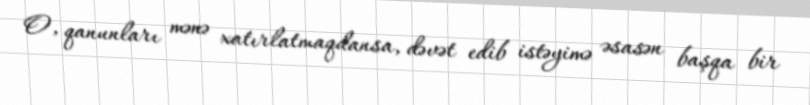
O, qanunları mənə xatırlatmaqdansa, dəvət edib istəyimə əsasən başqa bir